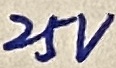
Text: 25V